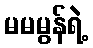
မမမွန်ရဲ့